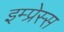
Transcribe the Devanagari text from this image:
इम्प्रेस्स